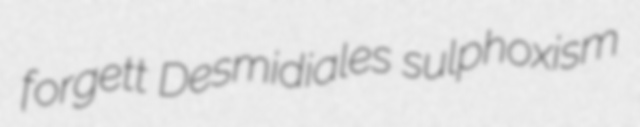
forgett Desmidiales sulphoxism